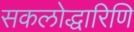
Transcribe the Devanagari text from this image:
सकलोद्धारिणि